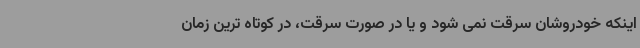
اینکه خودروشان سرقت نمی شود و یا در صورت سرقت، در کوتاه ترین زمان